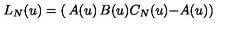
L _ { N } ( u ) = \left( \begin{matrix} { A ( u ) } & { B ( u ) } \\ { C _ { N } ( u ) } & { - A ( u ) } \\ \end{matrix} \right)